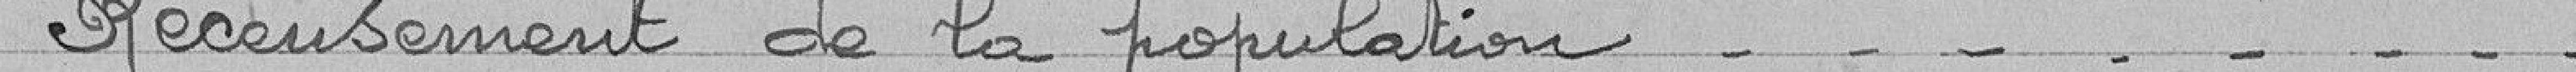
Recensement de la population